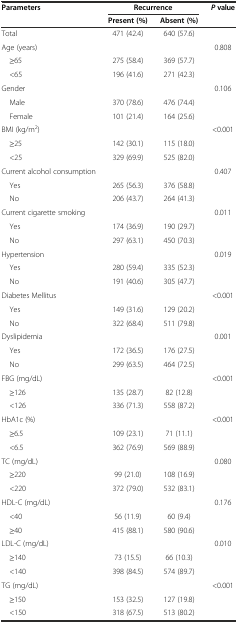
<table><thead><tr><td rowspan="2"><b>Parameters</b></td><td colspan="2"><b>Recurrence</b></td><td rowspan="2"><b><i>P</i>value</b></td></tr><tr><td><b>Present (%)</b></td><td><b>Absent (%)</b></td></tr></thead><tbody><tr><td>Total</td><td>471 (42.4)</td><td>640 (57.6)</td><td></td></tr><tr><td>Age (years)</td><td></td><td></td><td>0.808</td></tr><tr><td> <b>≥</b>65</td><td>275 (58.4)</td><td>369 (57.7)</td><td></td></tr><tr><td> &lt;65</td><td>196 (41.6)</td><td>271 (42.3)</td><td></td></tr><tr><td>Gender</td><td></td><td></td><td>0.106</td></tr><tr><td> Male</td><td>370 (78.6)</td><td>476 (74.4)</td><td></td></tr><tr><td> Female</td><td>101 (21.4)</td><td>164 (25.6)</td><td></td></tr><tr><td>BMI (kg/m<sup>2</sup>)</td><td></td><td></td><td>&lt;0.001</td></tr><tr><td> <b>≥</b>25</td><td>142 (30.1)</td><td>115 (18.0)</td><td></td></tr><tr><td> &lt;25</td><td>329 (69.9)</td><td>525 (82.0)</td><td></td></tr><tr><td>Current alcohol consumption</td><td></td><td></td><td>0.407</td></tr><tr><td> Yes</td><td>265 (56.3)</td><td>376 (58.8)</td><td></td></tr><tr><td> No</td><td>206 (43.7)</td><td>264 (41.3)</td><td></td></tr><tr><td>Current cigarette smoking</td><td></td><td></td><td>0.011</td></tr><tr><td> Yes</td><td>174 (36.9)</td><td>190 (29.7)</td><td></td></tr><tr><td> No</td><td>297 (63.1)</td><td>450 (70.3)</td><td></td></tr><tr><td>Hypertension</td><td></td><td></td><td>0.019</td></tr><tr><td> Yes</td><td>280 (59.4)</td><td>335 (52.3)</td><td></td></tr><tr><td> No</td><td>191 (40.6)</td><td>305 (47.7)</td><td></td></tr><tr><td>Diabetes Mellitus</td><td></td><td></td><td>&lt;0.001</td></tr><tr><td> Yes</td><td>149 (31.6)</td><td>129 (20.2)</td><td></td></tr><tr><td> No</td><td>322 (68.4)</td><td>511 (79.8)</td><td></td></tr><tr><td>Dyslipidemia</td><td></td><td></td><td>0.001</td></tr><tr><td> Yes</td><td>172 (36.5)</td><td>176 (27.5)</td><td></td></tr><tr><td> No</td><td>299 (63.5)</td><td>464 (72.5)</td><td></td></tr><tr><td>FBG (mg/dL)</td><td></td><td></td><td>&lt;0.001</td></tr><tr><td> <b>≥</b>126</td><td>135 (28.7)</td><td>82 (12.8)</td><td></td></tr><tr><td> &lt;126</td><td>336 (71.3)</td><td>558 (87.2)</td><td></td></tr><tr><td>HbA1c (%)</td><td></td><td></td><td>&lt;0.001</td></tr><tr><td> <b>≥</b>6.5</td><td>109 (23.1)</td><td>71 (11.1)</td><td></td></tr><tr><td> &lt;6.5</td><td>362 (76.9)</td><td>569 (88.9)</td><td></td></tr><tr><td>TC (mg/dL)</td><td></td><td></td><td>0.080</td></tr><tr><td> <b>≥</b>220</td><td>99 (21.0)</td><td>108 (16.9)</td><td></td></tr><tr><td> &lt;220</td><td>372 (79.0)</td><td>532 (83.1)</td><td></td></tr><tr><td>HDL-C (mg/dL)</td><td></td><td></td><td>0.176</td></tr><tr><td> &lt;40</td><td>56 (11.9)</td><td>60 (9.4)</td><td></td></tr><tr><td> <b>≥</b>40</td><td>415 (88.1)</td><td>580 (90.6)</td><td></td></tr><tr><td>LDL-C (mg/dL)</td><td></td><td></td><td>0.010</td></tr><tr><td> <b>≥</b>140</td><td>73 (15.5)</td><td>66 (10.3)</td><td></td></tr><tr><td> &lt;140</td><td>398 (84.5)</td><td>574 (89.7)</td><td></td></tr><tr><td>TG (mg/dL)</td><td></td><td></td><td>&lt;0.001</td></tr><tr><td> <b>≥</b>150</td><td>153 (32.5)</td><td>127 (19.8)</td><td></td></tr><tr><td> &lt;150</td><td>318 (67.5)</td><td>513 (80.2)</td><td></td></tr></tbody></table>